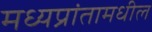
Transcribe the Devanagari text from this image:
मध्यप्रांतामधील